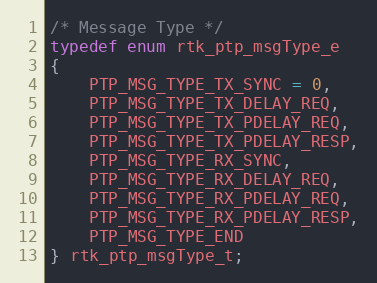
Language: C
/* Message Type */
typedef enum rtk_ptp_msgType_e
{
    PTP_MSG_TYPE_TX_SYNC = 0,
    PTP_MSG_TYPE_TX_DELAY_REQ,
    PTP_MSG_TYPE_TX_PDELAY_REQ,
    PTP_MSG_TYPE_TX_PDELAY_RESP,
    PTP_MSG_TYPE_RX_SYNC,
    PTP_MSG_TYPE_RX_DELAY_REQ,
    PTP_MSG_TYPE_RX_PDELAY_REQ,
    PTP_MSG_TYPE_RX_PDELAY_RESP,
    PTP_MSG_TYPE_END
} rtk_ptp_msgType_t;